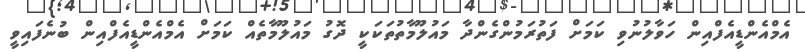
އެމްއެންޑީއެފްއިން ހަވާލުނުވި ކަމަށް ފަތުރަމުންގެންދާ މައުލޫމާތުތަކަކީ ދޮގު މައުލޫމާތެއް ކަމަށް އެމްއެންޑީއެފްއިން ބުނެފައިވީ